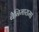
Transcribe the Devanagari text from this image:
बैनिमारामा